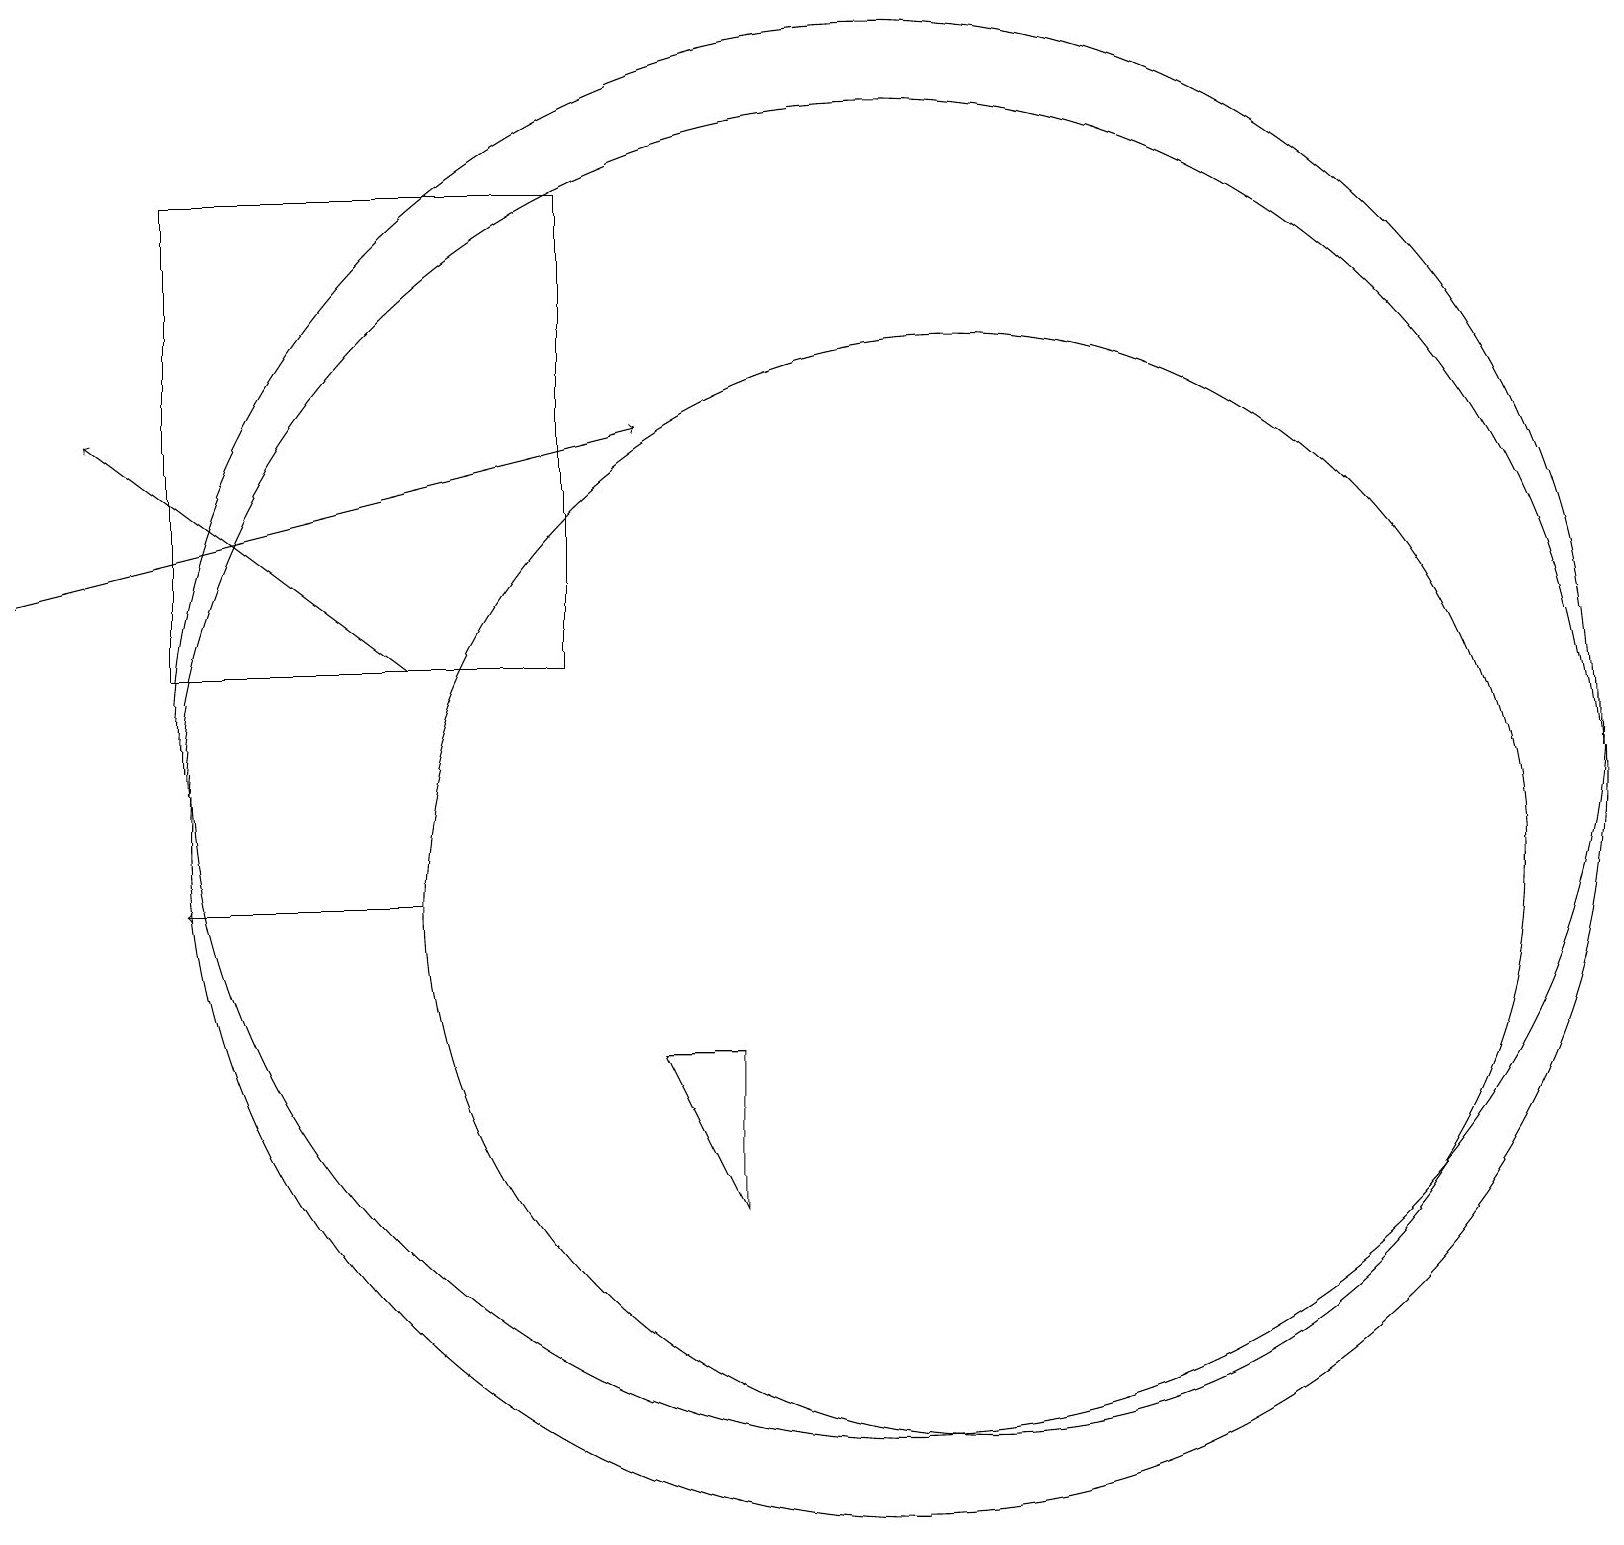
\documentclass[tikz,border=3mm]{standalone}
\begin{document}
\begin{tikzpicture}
\draw[->] (5,13) -- (1,16);
\draw (9,6) -- (8,8) -- (9,8) -- cycle;
\draw (7,19) rectangle (2,13);
\draw (11,12) circle (9);
\draw[->] (5,10) -- (2,10);
\draw (11,11) circle (9);
\draw (12,10) circle (7);
\draw[->] (0,14) -- (8,16);
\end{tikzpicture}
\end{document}